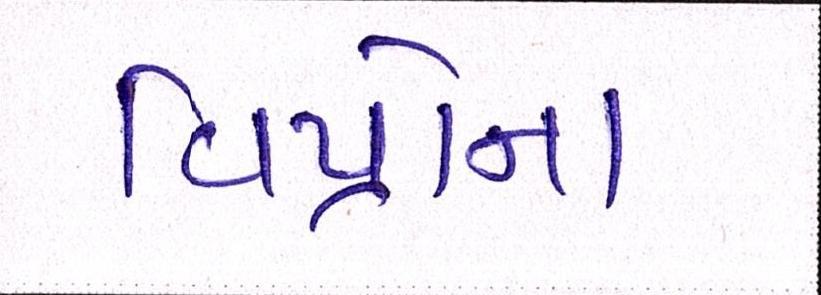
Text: વિપ્રોનો